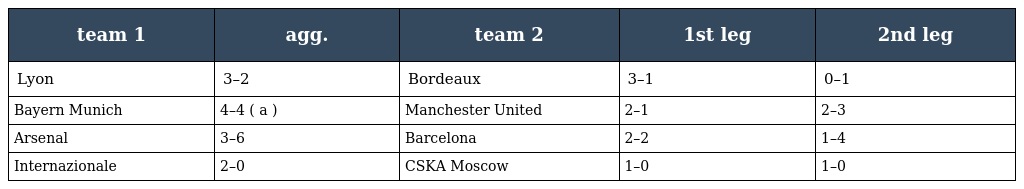
| team 1 | agg. | team 2 | 1st leg | 2nd leg |
 | --- | --- | --- | --- | --- |
 | Lyon | 3–2 | Bordeaux | 3–1 | 0–1 |
 | Bayern Munich | 4–4 ( a ) | Manchester United | 2–1 | 2–3 |
 | Arsenal | 3–6 | Barcelona | 2–2 | 1–4 |
 | Internazionale | 2–0 | CSKA Moscow | 1–0 | 1–0 |